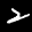
Label: 2